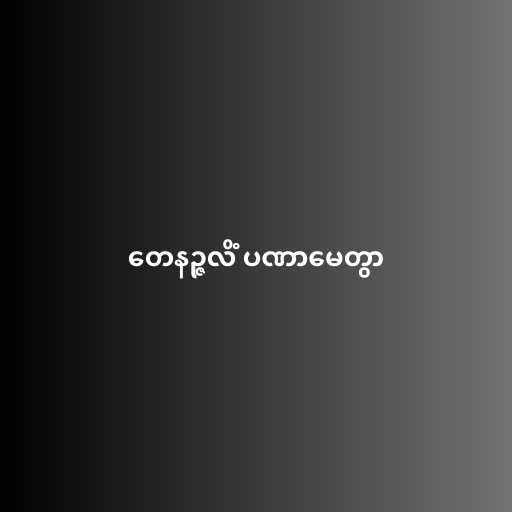
တေနဉ္ဇလိံ ပဏာမေတွာ